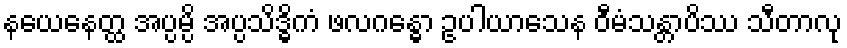
နယေနေတ္ထ အပ္ပမ္ပိ အပ္ပသိဒ္ဓိကံ ဖလဂန္ဓော ဥပါယာသေန ဝီမံသန္တာပိဿ သီတာလု